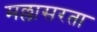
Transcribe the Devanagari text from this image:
मल्लासरता